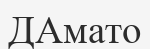
ДАмато